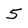
Character: 5